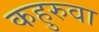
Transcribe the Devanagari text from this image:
कहुरुवा